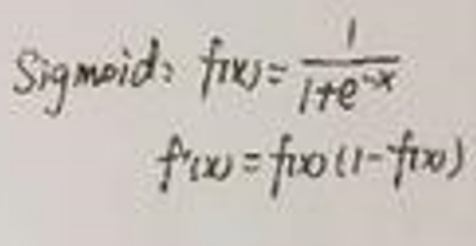
\begin{align*}
\text{Sigmoid: } f(x) &= \frac{1}{1 + e^{-x}}\\
f'(x) &= f(x)(1 - f(x))
\end{align*}